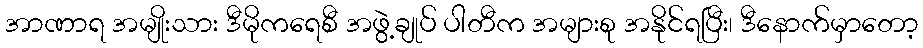
အာဏာရ အမျိုးသား ဒီမိုကရေစီ အဖွဲ့ချုပ် ပါတီက အများစု အနိုင်ရပြီး၊ ဒီနောက်မှာတော့